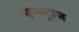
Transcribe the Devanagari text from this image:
एक्स्ट्राज